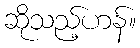
ဆိုသည့်ဟန်။